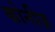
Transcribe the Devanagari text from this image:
कोनीज़